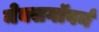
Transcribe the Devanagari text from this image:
मेक्सगॉवर्न